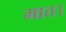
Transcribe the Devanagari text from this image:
मात।